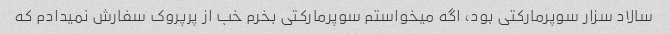
سالاد سزار سوپرمارکتی بود، اگه میخواستم سوپرمارکتی بخرم خب از پرپروک سفارش نمیدادم که